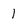
Character: l